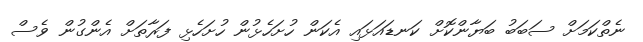
ނެތްކަމަށް ސަބަބު ބަޔާންކޮށް ކަނޑައަޅައި އެކަން ހުށަހެޅުން ހުށަހެޅި ފަރާތަށް އެންގުން ވެސް